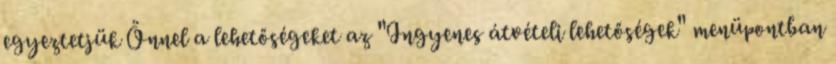
egyeztetjük Önnel a lehetőségeket az "Ingyenes átvételi lehetőségek" menüpontban